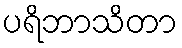
ပရိဘာသိတာ